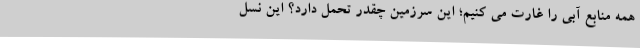
همه منابع آبی را غارت می کنیم؛ این سرزمین چقدر تحمل دارد؟ این نسل